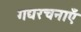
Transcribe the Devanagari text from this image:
गद्यरचनाएँ